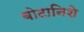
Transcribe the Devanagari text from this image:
बोटानिशे